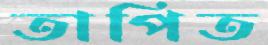
তাপিত